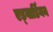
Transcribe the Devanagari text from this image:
एड्वार्डियन